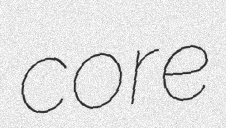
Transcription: core